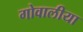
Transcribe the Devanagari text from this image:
गोवालीया